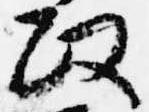
政